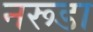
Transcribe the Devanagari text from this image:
नरूडा